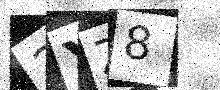
Text: 3YZ8